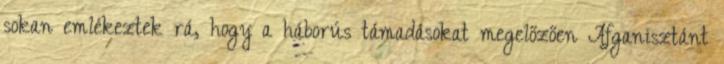
sokan emlékeztek rá, hogy a háborús támadásokat megelőzően Afganisztánt